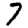
Digit: 7